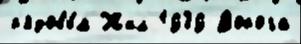
р'ядовы́м Жил 1939 Дорога